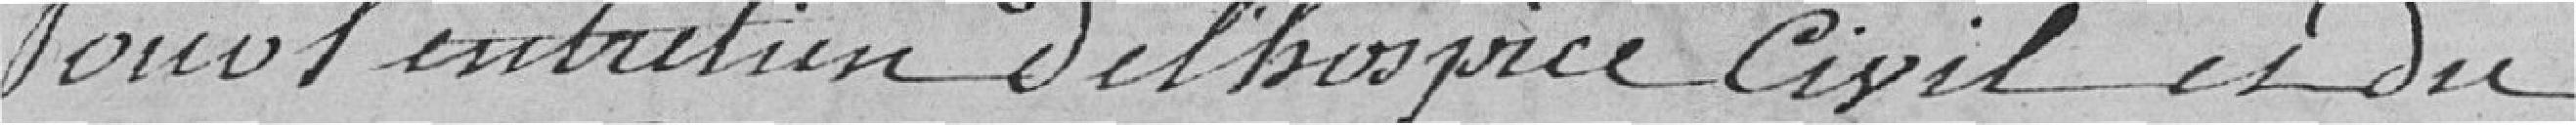
Pour l'entretien de l'hospice civil et du